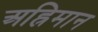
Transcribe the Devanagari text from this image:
अह्रिमान